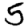
Digit: 5